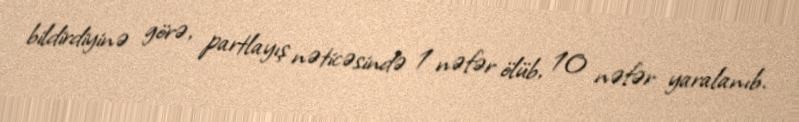
bildirdiyinə görə, partlayış nəticəsində 1 nəfər ölüb, 10 nəfər yaralanıb.